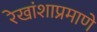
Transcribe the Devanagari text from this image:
रेखांशाप्रमाणे